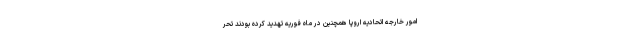
امور خارجه اتحادیه اروپا همچنین در ماه فوریه تهدید کرده بودند تحر